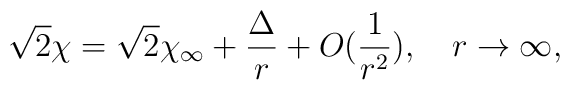
\sqrt{2}\chi = \sqrt{2}\chi_{\infty} + \frac{\Delta}{r} +O(\frac{1}{r^2}),\quad  r \rightarrow \infty ,